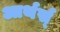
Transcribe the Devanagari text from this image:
आर्थर्स्